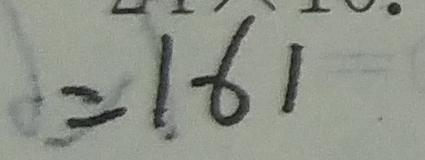
= 1 6 1